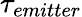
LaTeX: \tau_{emitter}